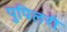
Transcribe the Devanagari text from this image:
पुपिलरी